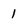
Character: 1